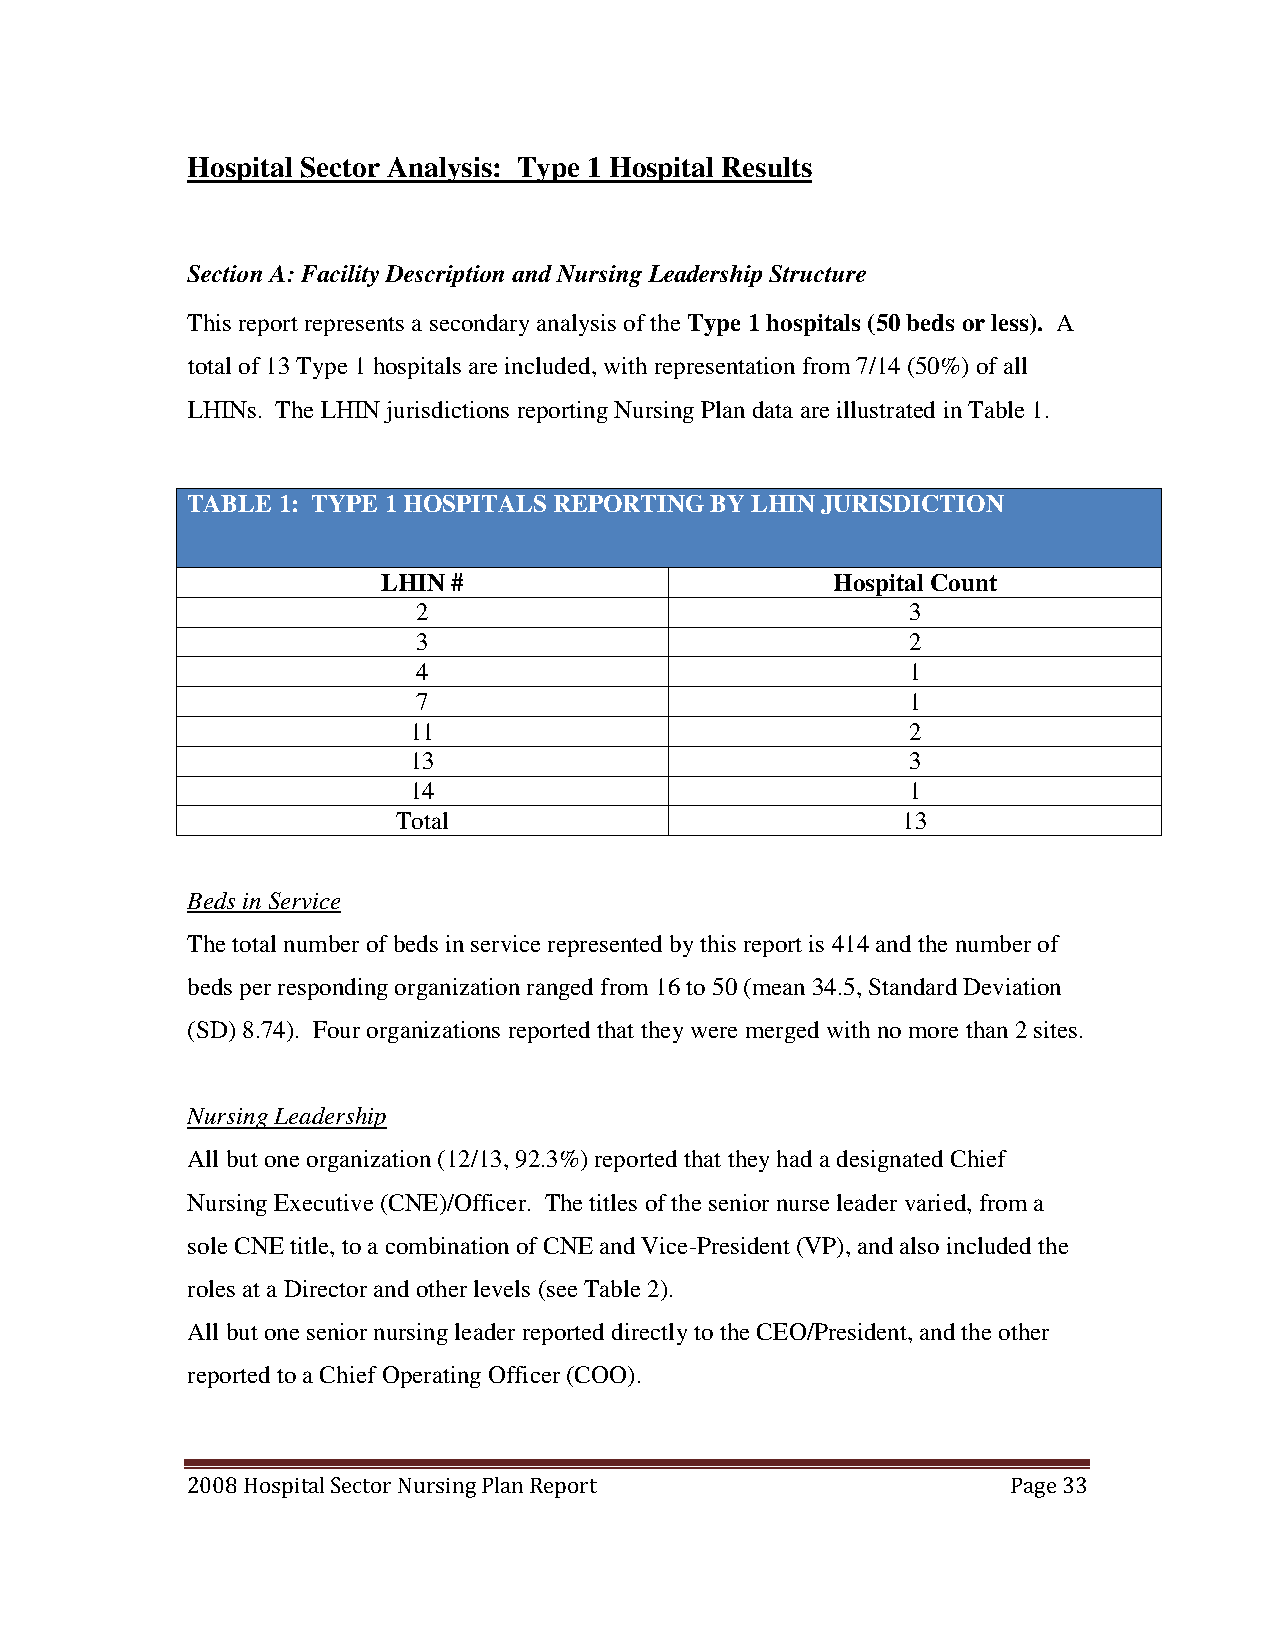
Hospital Sector Analysis: Type 1 Hospital Results
 Section A: Facility Description and Nursing Leadership Structure
 This report represents a secondary analysis of the Type 1 hospitals (50 beds or less). A
 total of 13 Type 1 hospitals are included, with representation from 7/14 (50%) of all
 LHINs. The LHIN jurisdictions reporting Nursing Plan data are illustrated in Table 1.
 TABLE 1: TYPE 1 HOSPITALS REPORTING BY LHIN JURISDICTION
 LHIN #                        Hospital Count
 2                               3
 3                               2
 4                               1
 7                               1
 11                               2
 13                               3
 14                               1
 Total                             13
 Beds in Service
 The total number of beds in service represented by this report is 414 and the number of
 beds per responding organization ranged from 16 to 50 (mean 34.5, Standard Deviation
 (SD) 8.74). Four organizations reported that they were merged with no more than 2 sites.
 Nursing Leadership
 All but one organization (12/13, 92.3%) reported that they had a designated Chief
 Nursing Executive (CNE)/Officer. The titles of the senior nurse leader varied, from a
 sole CNE title, to a combination of CNE and Vice-President (VP), and also included the
 roles at a Director and other levels (see Table 2).
 All but one senior nursing leader reported directly to the CEO/President, and the other
 reported to a Chief Operating Officer (COO).
 2008 Hospital Sector Nursing Plan Report               Page 33